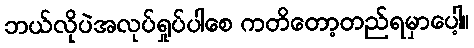
ဘယ်လိုပဲအလုပ်ရှုပ်ပါစေ ကတိတော့တည်ရမှာပေါ့။